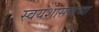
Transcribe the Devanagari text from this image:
स्वयंशासनाच्या